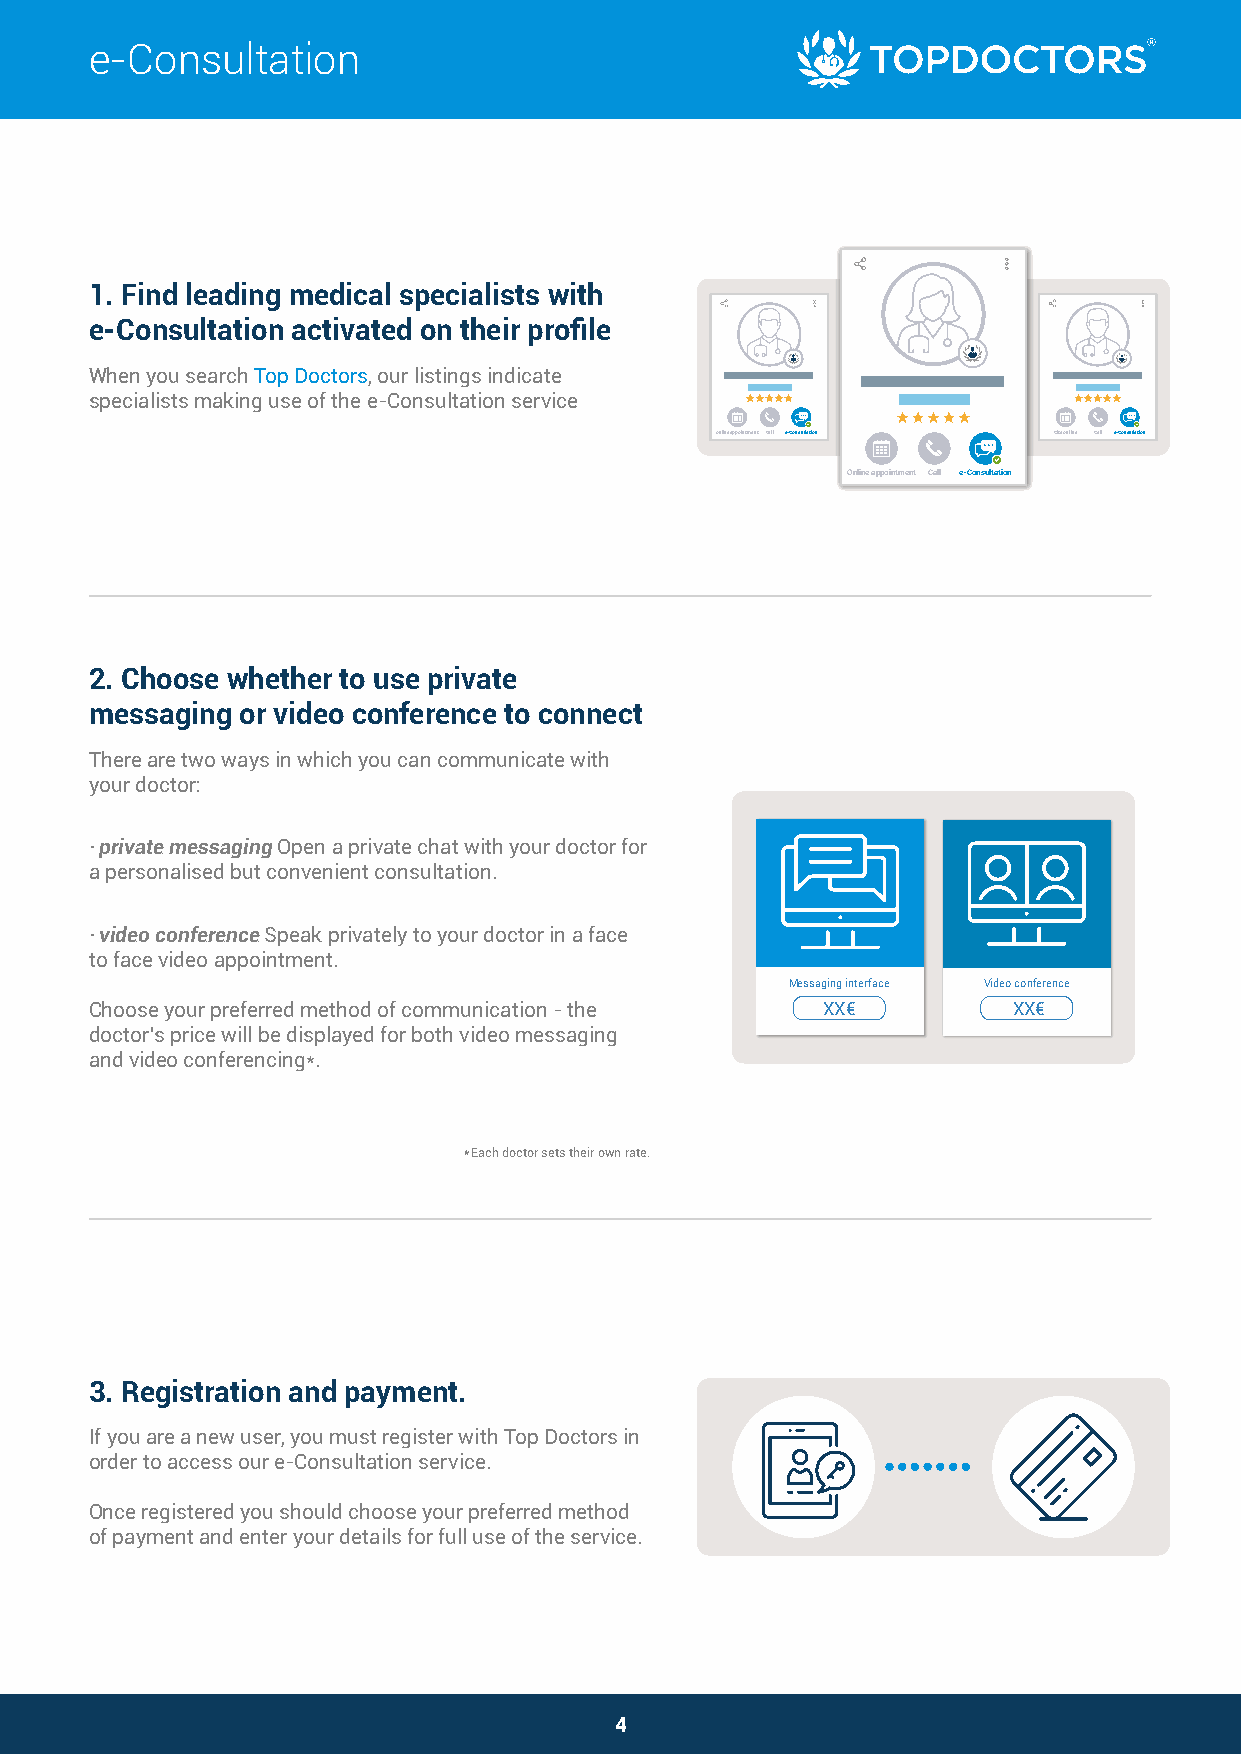
e-Consultation
 1. Find leading medical specialists with
 e-Consultation activated on their profile
 When you search Top Doctors, our listings indicate
 specialists making use of the e-Consultation service
 online appointment Call e-Consultation Cita online Call e-Consultation
 Online appointment Call e-Consultation
 2. Choose whether to use private
 messaging or video conference to connect
 There are two ways in which you can communicate with
 your doctor:
 · private messaging Open a private chat with your doctor for
 a personalised but convenient consultation.
 · video conference Speak privately to your doctor in a face
 to face video appointment.
 Messaging interface Video conference
 Choose your preferred method of communication - the XX€      XX€
 doctor's price will be displayed for both video messaging
 and video conferencing*.
 * Each doctor sets their own rate.
 3. Registration and payment.
 If you are a new user, you must register with Top Doctors in
 order to access our e-Consultation service.
 Once registered you should choose your preferred method
 of payment and enter your details for full use of the service.
 4